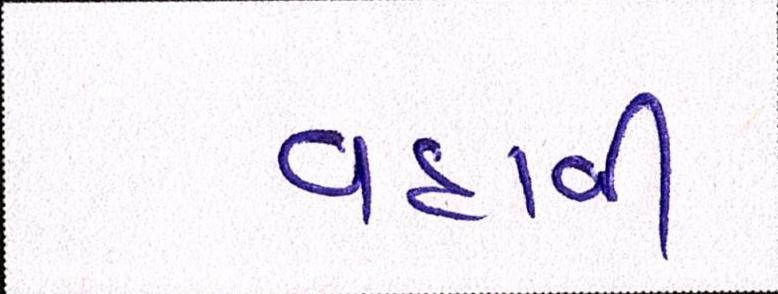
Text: વહાવી